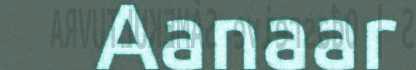
Aanaar